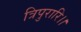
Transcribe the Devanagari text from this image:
त्रिपुरारि।।